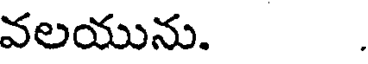
వలయును.